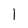
Character: 1